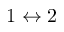
1 \leftrightarrow 2